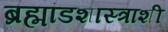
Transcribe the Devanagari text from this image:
ब्रह्मांडशास्त्राशी